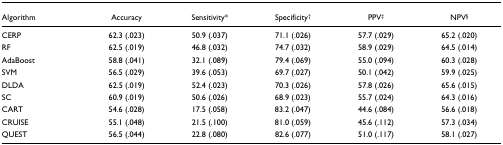
| Algorithm | Accuracy | Sensitivity* | Specificity† | PPV‡ | NPV§ |
 | --- | --- | --- | --- | --- | --- |
 | CERP | 62.3 (.023) | 50.9 (.037) | 71.1 (.026) | 57.7 (.029) | 65.2 (.020) |
 | RF | 62.5 (.019) | 46.8 (.032) | 74.7 (.032) | 58.9 (.029) | 64.5 (.014) |
 | AdaBoost | 58.8 (.041) | 32.1 (.089) | 79.4 (.069) | 55.0 (.094) | 60.3 (.028) |
 | SVM | 56.5 (.029) | 39.6 (.053) | 69.7 (.027) | 50.1 (.042) | 59.9 (.025) |
 | DLDA | 62.5 (.019) | 52.4 (.023) | 70.3 (.026) | 57.8 (.026) | 65.6 (.015) |
 | SC | 60.9 (.019) | 50.6 (.026) | 68.9 (.023) | 55.7 (.024) | 64.3 (.016) |
 | CART | 54.6 (.028) | 17.5 (.058) | 83.2 (.047) | 44.6 (.084) | 56.6 (.018) |
 | CRUISE | 55.1 (.048) | 21.5 (.100) | 81.0 (.059) | 45.6 (.112) | 57.3 (.034) |
 | QUEST | 56.5 (.044) | 22.8 (.080) | 82.6 (.077) | 51.0 (.117) | 58.1 (.027) |